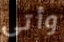
وأتى